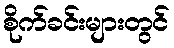
စိုက်ခင်းများတွင်